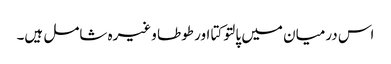
اس درمیان میں پالتو کتا اور طوطا وغیرہ شامل ہیں۔